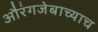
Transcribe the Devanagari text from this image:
औरंगजेबाच्याच